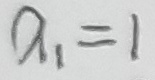
a _ { 1 } = 1